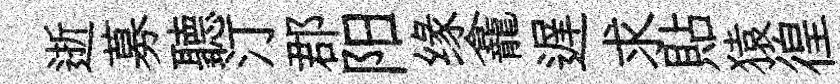
逝募聽汀郡阳缘龕遅求貼猿徨